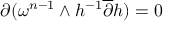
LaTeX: { \partial } ( \omega ^ { n - 1 } \wedge h ^ { - 1 } \overline { { { \partial } } } h ) = 0